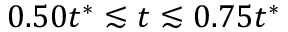
0 . 5 0 t ^ { * } \lesssim t \lesssim 0 . 7 5 t ^ { * }